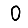
Digit: 0